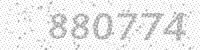
Solution: 880774